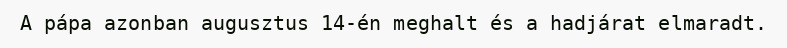
A pápa azonban augusztus 14-én meghalt és a hadjárat elmaradt.